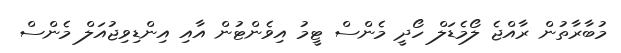
މުބާރާތުން ރާއްޖެ ލޯމެޑަލް ހޯދީ މެންސް ޓީމު އިވެންޓުން އާއި އިންޑިވިޖުއަލް މެންސް